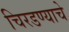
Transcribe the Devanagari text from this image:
चिरडण्‍याचे